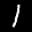
Label: 1